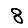
Digit: 8